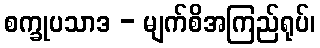
စက္ခုပသာဒ - မျက်စိအကြည်ရုပ်၊